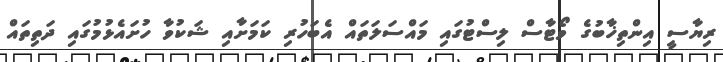
ރިޔާސީ އިންތިޚާބުގެ ވޯޓާސް ލިސްޓުގައި މައްސަލަތައް އެބަހުރި ކަމަށާއި ޝަކުވާ ހުށައެޅުމުގައި ދަތިތައް